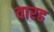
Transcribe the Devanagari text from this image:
वारह